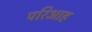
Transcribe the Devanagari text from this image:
परिआह